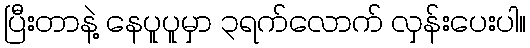
ပြီးတာနဲ့ နေပူပူမှာ ၃ရက်လောက် လှန်းပေးပါ။